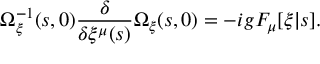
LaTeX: \Omega _ { \xi } ^ { - 1 } ( s , 0 ) \frac { \delta } { \delta \xi ^ { \mu } ( s ) } \Omega _ { \xi } ( s , 0 ) = - i g F _ { \mu } [ \xi | s ] .